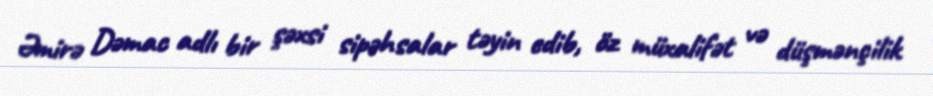
Əmirə Dəmac adlı bir şəxsi sipəhsalar təyin edib, öz müxalifət və düşmənçilik